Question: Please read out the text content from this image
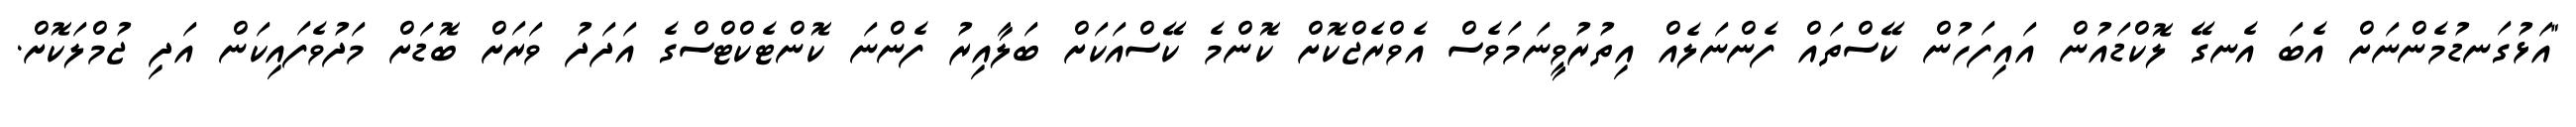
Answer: "އަޅުގަނޑުމެންނަށް އެބަ އެނގޭ ލޮކްޑައުން އައިފަހުން ކޭސްތައް ފެންނަލެއް އިތުރުވީނަމަވެސް އެވްރެޖްކޮށް ކޮންމެ ކޭސްއަކަށް ބަލާއިރު ފެންނަ ކޮންޓެކްޓްސްގެ އަދަދު ވަރަށް ބޮޑަށް މަދުވެފައިކަން އަދި ޖުމްލަކޮށް.